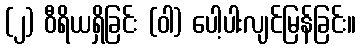
(၂) ဝီရိယရှိခြင်း (ဝါ) ပေါ့ပါးလျင်မြန်ခြင်း။